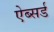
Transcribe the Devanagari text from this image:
ऐब्सर्ड